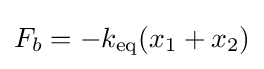
F_{b}=-k_{\mathrm {eq} }(x_{1}+x_{2})